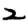
Digit: 2